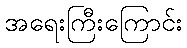
အရေးကြီးကြောင်း